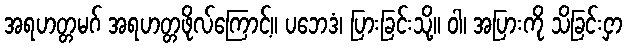
အရဟတ္တမဂ် အရဟတ္တဖိုလ်ကြောင့်။ ပဘေဒံ၊ ပြားခြင်းသို့။ ဝါ၊ အပြားကို သိခြင်းငှာ